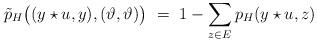
LaTeX: \begin{align*}\tilde{p}_H\bigl( (y\star u,y), (\vartheta,\vartheta) \bigr) ~=~ 1 - \sum_{ z\in E} p_H(y\star u, z) \end{align*}